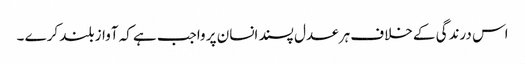
اس درندگی کے خلاف ہر عدل پسند انسان پر واجب ہے کہ آواز بلند کرے ۔